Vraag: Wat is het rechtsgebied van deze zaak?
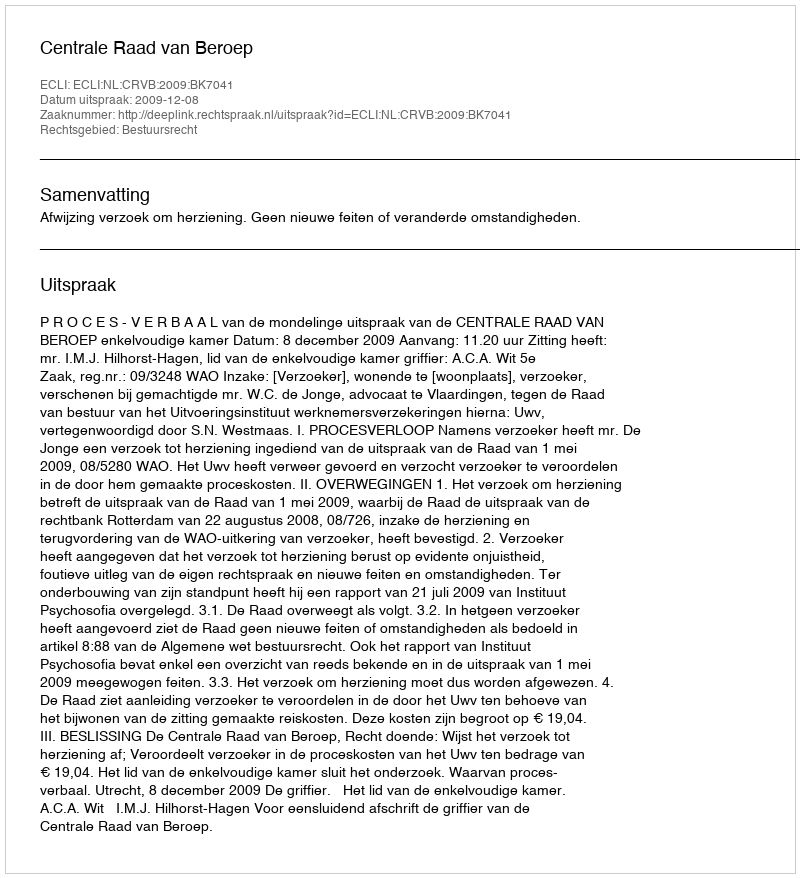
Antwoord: Bestuursrecht